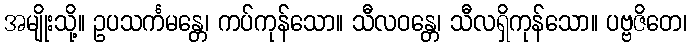
အမျိုးသို့။ ဥပသင်္ကမန္တေ၊ ကပ်ကုန်သော။ သီလဝန္တေ၊ သီလရှိကုန်သော။ ပဗ္ဗဇိတေ၊